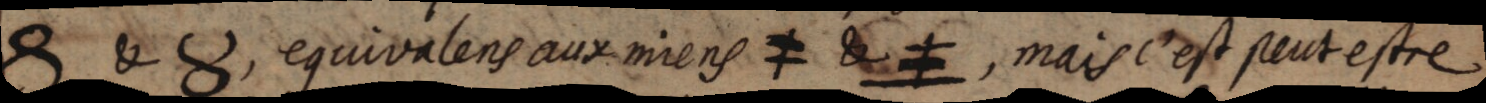
_ & _ equivalens aux miens ≠ & ≠, mais c’est peut estre